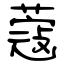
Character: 蔻